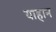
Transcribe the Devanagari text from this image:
याहान